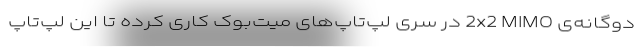
دوگانه‌ی 2x2 MIMO در سری لپ‌تاپ‌های میت‌بوک کاری کرده تا این لپ‌تاپ